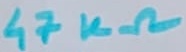
Text: 47KΩ